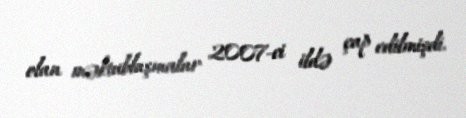
olan məktublaşmalar 2007-ci ildə çap edilmişdi.